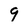
Character: q